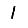
Digit: 1